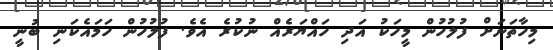
މިހާތަނަށް ފުލުހުން މީހަކު އަދި ހައްޔަރެއް ނުކުރެ އެވެ. ފުލުހުން ހަމައެކަނި ބުނީ